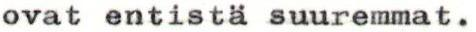
ovat entistä suuremmat.